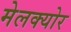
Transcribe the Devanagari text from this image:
मेलक्योर